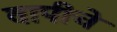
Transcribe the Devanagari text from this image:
वापीचे